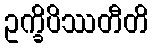
ဥက္ခိပိဿတီတိ